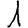
Digit: 1